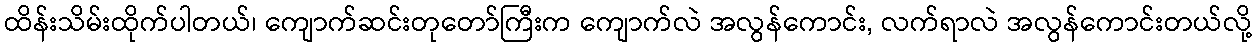
ထိန်းသိမ်းထိုက်ပါတယ်၊ ကျောက်ဆင်းတုတော်ကြီးက ကျောက်လဲ အလွန်ကောင်း, လက်ရာလဲ အလွန်ကောင်းတယ်လို့